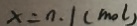
x = n . 1 ( m o l )